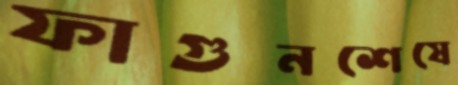
ফাগুনশেষে